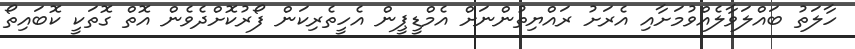
ހާލަތު ބައްލަވާލެއްވުމަށާއި އެރަށު ރައްޔިތުންނަށް އެމްޑީޕީން އެހީތެރިކަން ފޯރުކޮށްދެވެން އޮތް ގޮތަކީ ކޮބައިތޯ